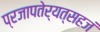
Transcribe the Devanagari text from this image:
प्रजापतेर्यत्सहजं